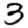
Digit: 3